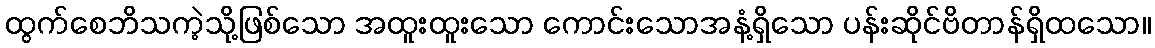
ထွက်စေဘိသကဲ့သို့ဖြစ်သော အထူးထူးသော ကောင်းသောအနံ့ရှိသော ပန်းဆိုင်ဗိတာန်ရှိထသော။